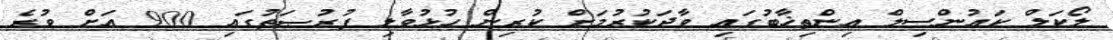
ލޯކަލް ކައުންސިލް އިންތިޚާބުގައި ވާދަކުރުމަށް ކުރިން ހުޅުވާލި ފުރުޞަތުގައި 900 އަށް ވުރެ